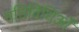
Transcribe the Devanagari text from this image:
गतिविधिओं